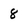
Character: 8